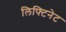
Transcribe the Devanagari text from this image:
लिफ्टिनेट